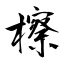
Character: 檫